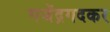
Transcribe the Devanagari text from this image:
गजेंद्रगदकर